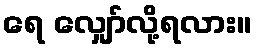
ရေ လျှော်လို့ရလား။